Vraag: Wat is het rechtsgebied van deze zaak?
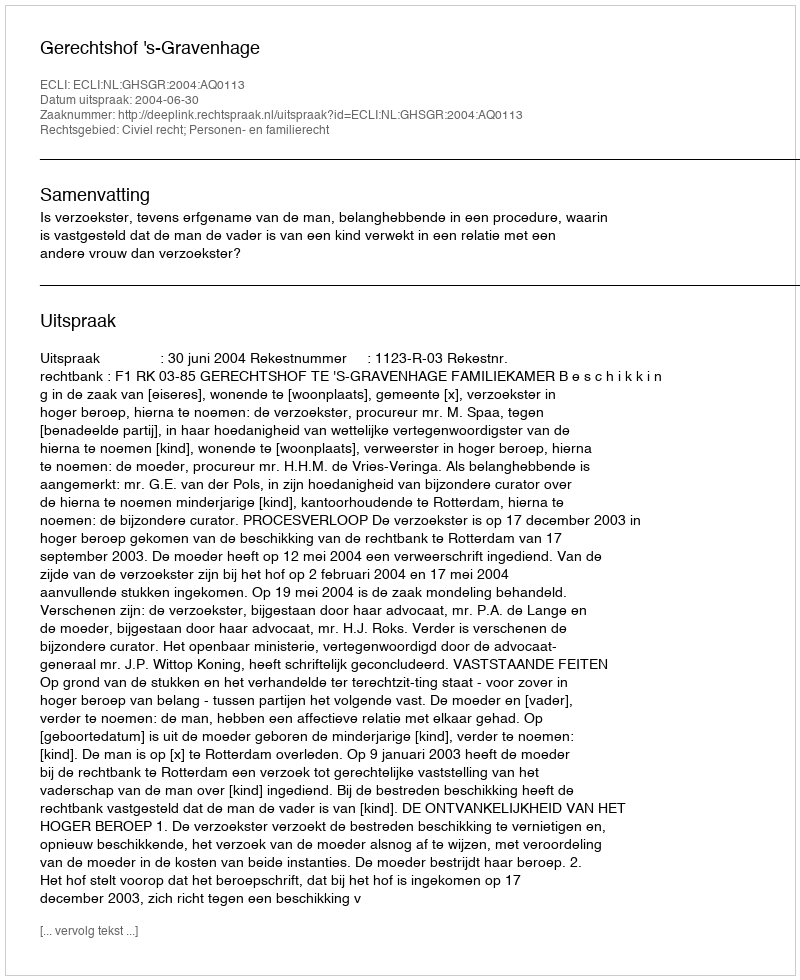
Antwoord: Civiel recht; Personen- en familierecht